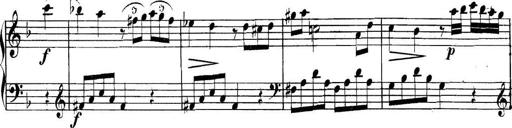
Title: Collected Piano Sonatas
Composer: Muzio Clementi